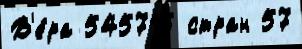
В'е́ра 545715 стран 57